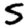
Digit: 5